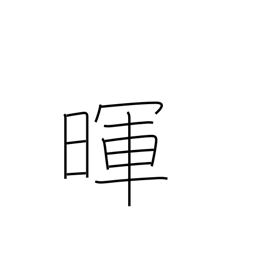
Meaning: light